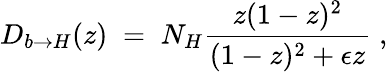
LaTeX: {D_{b\rightarrow H}(z)\; =\; N_{H}{\frac{z(1-z)^{2}}{(1-z)^{2}+\epsilon z}}\; ,}